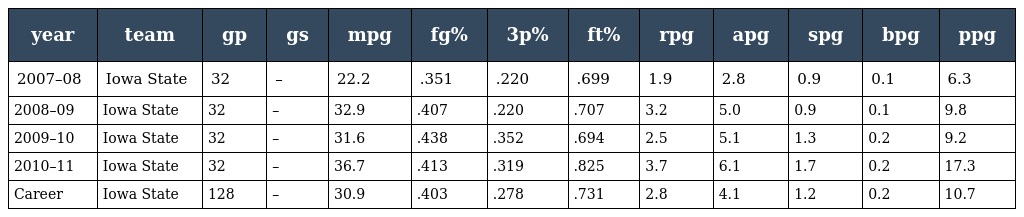
| year | team | gp | gs | mpg | fg% | 3p% | ft% | rpg | apg | spg | bpg | ppg |
 | --- | --- | --- | --- | --- | --- | --- | --- | --- | --- | --- | --- | --- |
 | 2007–08 | Iowa State | 32 | – | 22.2 | .351 | .220 | .699 | 1.9 | 2.8 | 0.9 | 0.1 | 6.3 |
 | 2008–09 | Iowa State | 32 | – | 32.9 | .407 | .220 | .707 | 3.2 | 5.0 | 0.9 | 0.1 | 9.8 |
 | 2009–10 | Iowa State | 32 | – | 31.6 | .438 | .352 | .694 | 2.5 | 5.1 | 1.3 | 0.2 | 9.2 |
 | 2010–11 | Iowa State | 32 | – | 36.7 | .413 | .319 | .825 | 3.7 | 6.1 | 1.7 | 0.2 | 17.3 |
 | Career | Iowa State | 128 | – | 30.9 | .403 | .278 | .731 | 2.8 | 4.1 | 1.2 | 0.2 | 10.7 |